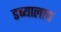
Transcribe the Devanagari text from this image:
डब्यालाच